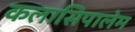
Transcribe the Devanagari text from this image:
कलासिपालेम